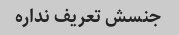
جنسش تعریف نداره